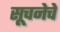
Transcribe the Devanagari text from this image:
सूचनेचे